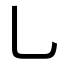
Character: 乚